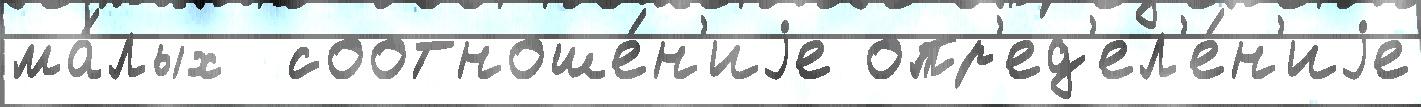
ма́лых  соотноше́н'иjе опр'ед'ел'е́н'иjе